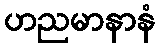
ဟညမာနာနံ